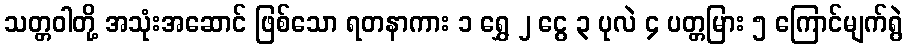
သတ္တဝါတို့ အသုံးအဆောင် ဖြစ်သော ရတနာကား ၁ ရွှေ ၂ ငွေ ၃ ပုလဲ ၄ ပတ္တမြား ၅ ကြောင်မျက်ရွဲ